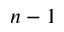
n - 1